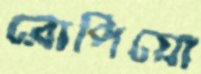
রোপিয়ো